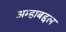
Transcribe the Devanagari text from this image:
अम्हाबद्दल